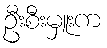
ဦးစီးမှူးက